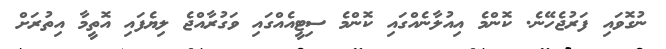
ނުގޮވައި ފަރުޖެހޭނެ. ކޮންމެ އިއުލާނެއްގައި ކޮންމެ ސިޓީއެއްގައި ވަގުރާއްޖެ ލިޔެފައި އޮތީމާ އިތުރަށް